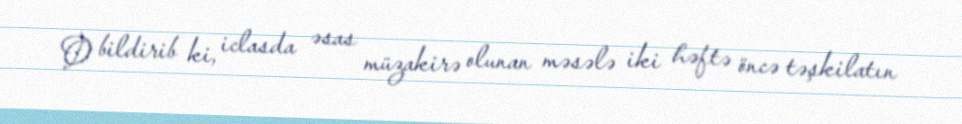
O bildirib ki, iclasda əsas müzakirə olunan məsələ iki həftə öncə təşkilatın